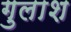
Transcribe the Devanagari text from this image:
गुलाश